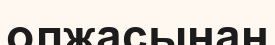
олжасынан